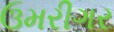
ઉમરીગર